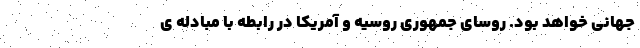
جهانی خواهد بود. روسای جمهوری روسیه و آمریکا در رابطه با مبادله ی